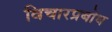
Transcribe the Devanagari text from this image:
विचारप्रबोध